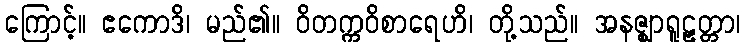
ကြောင့်။ ဧကောဒိ၊ မည်၏။ ဝိတက္ကဝိစာရေဟိ၊ တို့သည်။ အနဇ္ဈာရူဠှတ္တာ၊